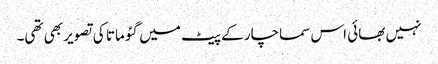
نہیں بھائی اس سماچار کے پیٹ میں گئو ماتا کی تصویر بھی تھی۔